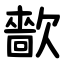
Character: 㱇